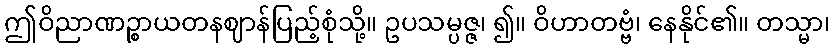
ဤဝိညာဏဉ္စာယတနဈာန်ပြည့်စုံသို့။ ဥပသမ္ပဇ္ဇ၊ ၍။ ဝိဟာတဗ္ဗံ၊ နေနိုင်၏။ တသ္မာ၊